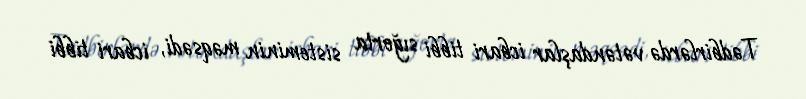
Tədbirlərdə vətəndaşlar icbari tibbi sığorta sisteminin məqsədi, icbari tibbi